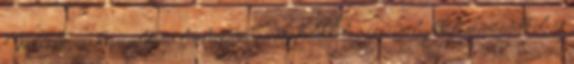
Vállalkozás képviseletében levelezzenek az ügyfelekkel, más személyekkel, szervezetekkel. 2